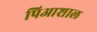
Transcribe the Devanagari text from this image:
पिआशाल